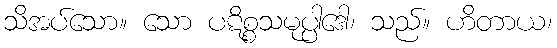
သိအပ်သော။ သော ပဋိစ္စသမုပ္ပါဒေါ၊ သည်။ ဟိတာယ၊